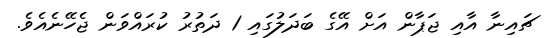
ޗައިނާ އާއި ޖަޕާން އަށް އޭގެ ބަދަލުގައި 1 ދަތުރު ކުރައްވަން ޖެހޭނެއެވެ.